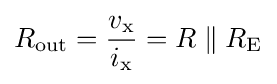
R_{\text{out}}={\frac {v_{\text{x}}}{i_{\text{x}}}}=R\parallel R_{\text{E}}